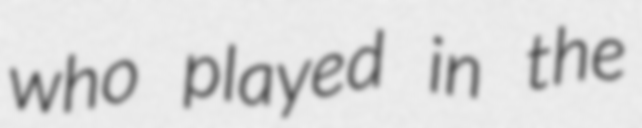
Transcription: who played in the